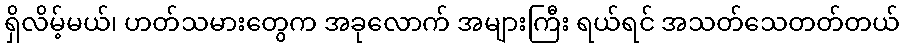
ရှိလိမ့်မယ်၊ ဟတ်သမားတွေက အခုလောက် အများကြီး ရယ်ရင် အသတ်သေတတ်တယ်